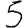
Digit: 5